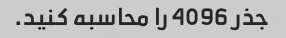
جذر 4096 را محاسبه کنید.